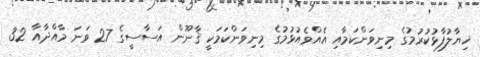
ޚިޔާލުފާޅުކުރުމުގެ މިނިވަންކަމާއި އެއްވެއުޅުމުގެ މިނިވަންކަމަކީ ޤާނޫން އަސާސީގެ 27 ވަނަ މާއްދާއާ 32